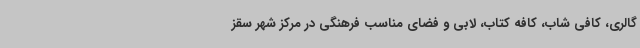
گالری، کافی شاب، کافه کتاب، لابی و فضای مناسب فرهنگی در مرکز شهر سقز